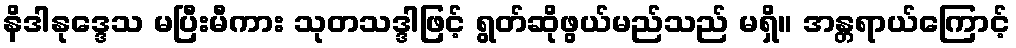
နိဒါနုဒ္ဒေသ မပြီးမီကား သုတသဒ္ဒါဖြင့် ရွတ်ဆိုဖွယ်မည်သည် မရှိ။ အန္တရာယ်ကြောင့်